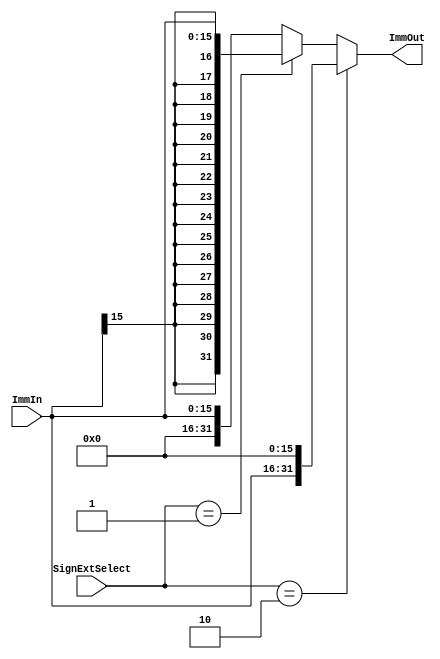
module sign_extender(
		input [15:0] ImmIn,
		input [1:0] SignExtSelect,
		output [31:0] ImmOut
    );
	 
	// 0: ZE
	// 1: SE
	// 2: LUI
	assign ImmOut = (SignExtSelect == 2'b10) ? {ImmIn, 16'd0} : ((SignExtSelect == 2'b01) ? {{16{ImmIn[15]}}, ImmIn[15:0]} : {16'd0, ImmIn});
		
endmodule